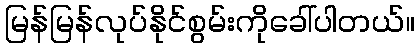
မြန်မြန်လုပ်နိုင်စွမ်းကိုခေါ်ပါတယ်။